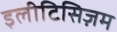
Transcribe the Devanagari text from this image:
इलीटिसिज़म